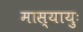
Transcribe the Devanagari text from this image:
मास्यायुः